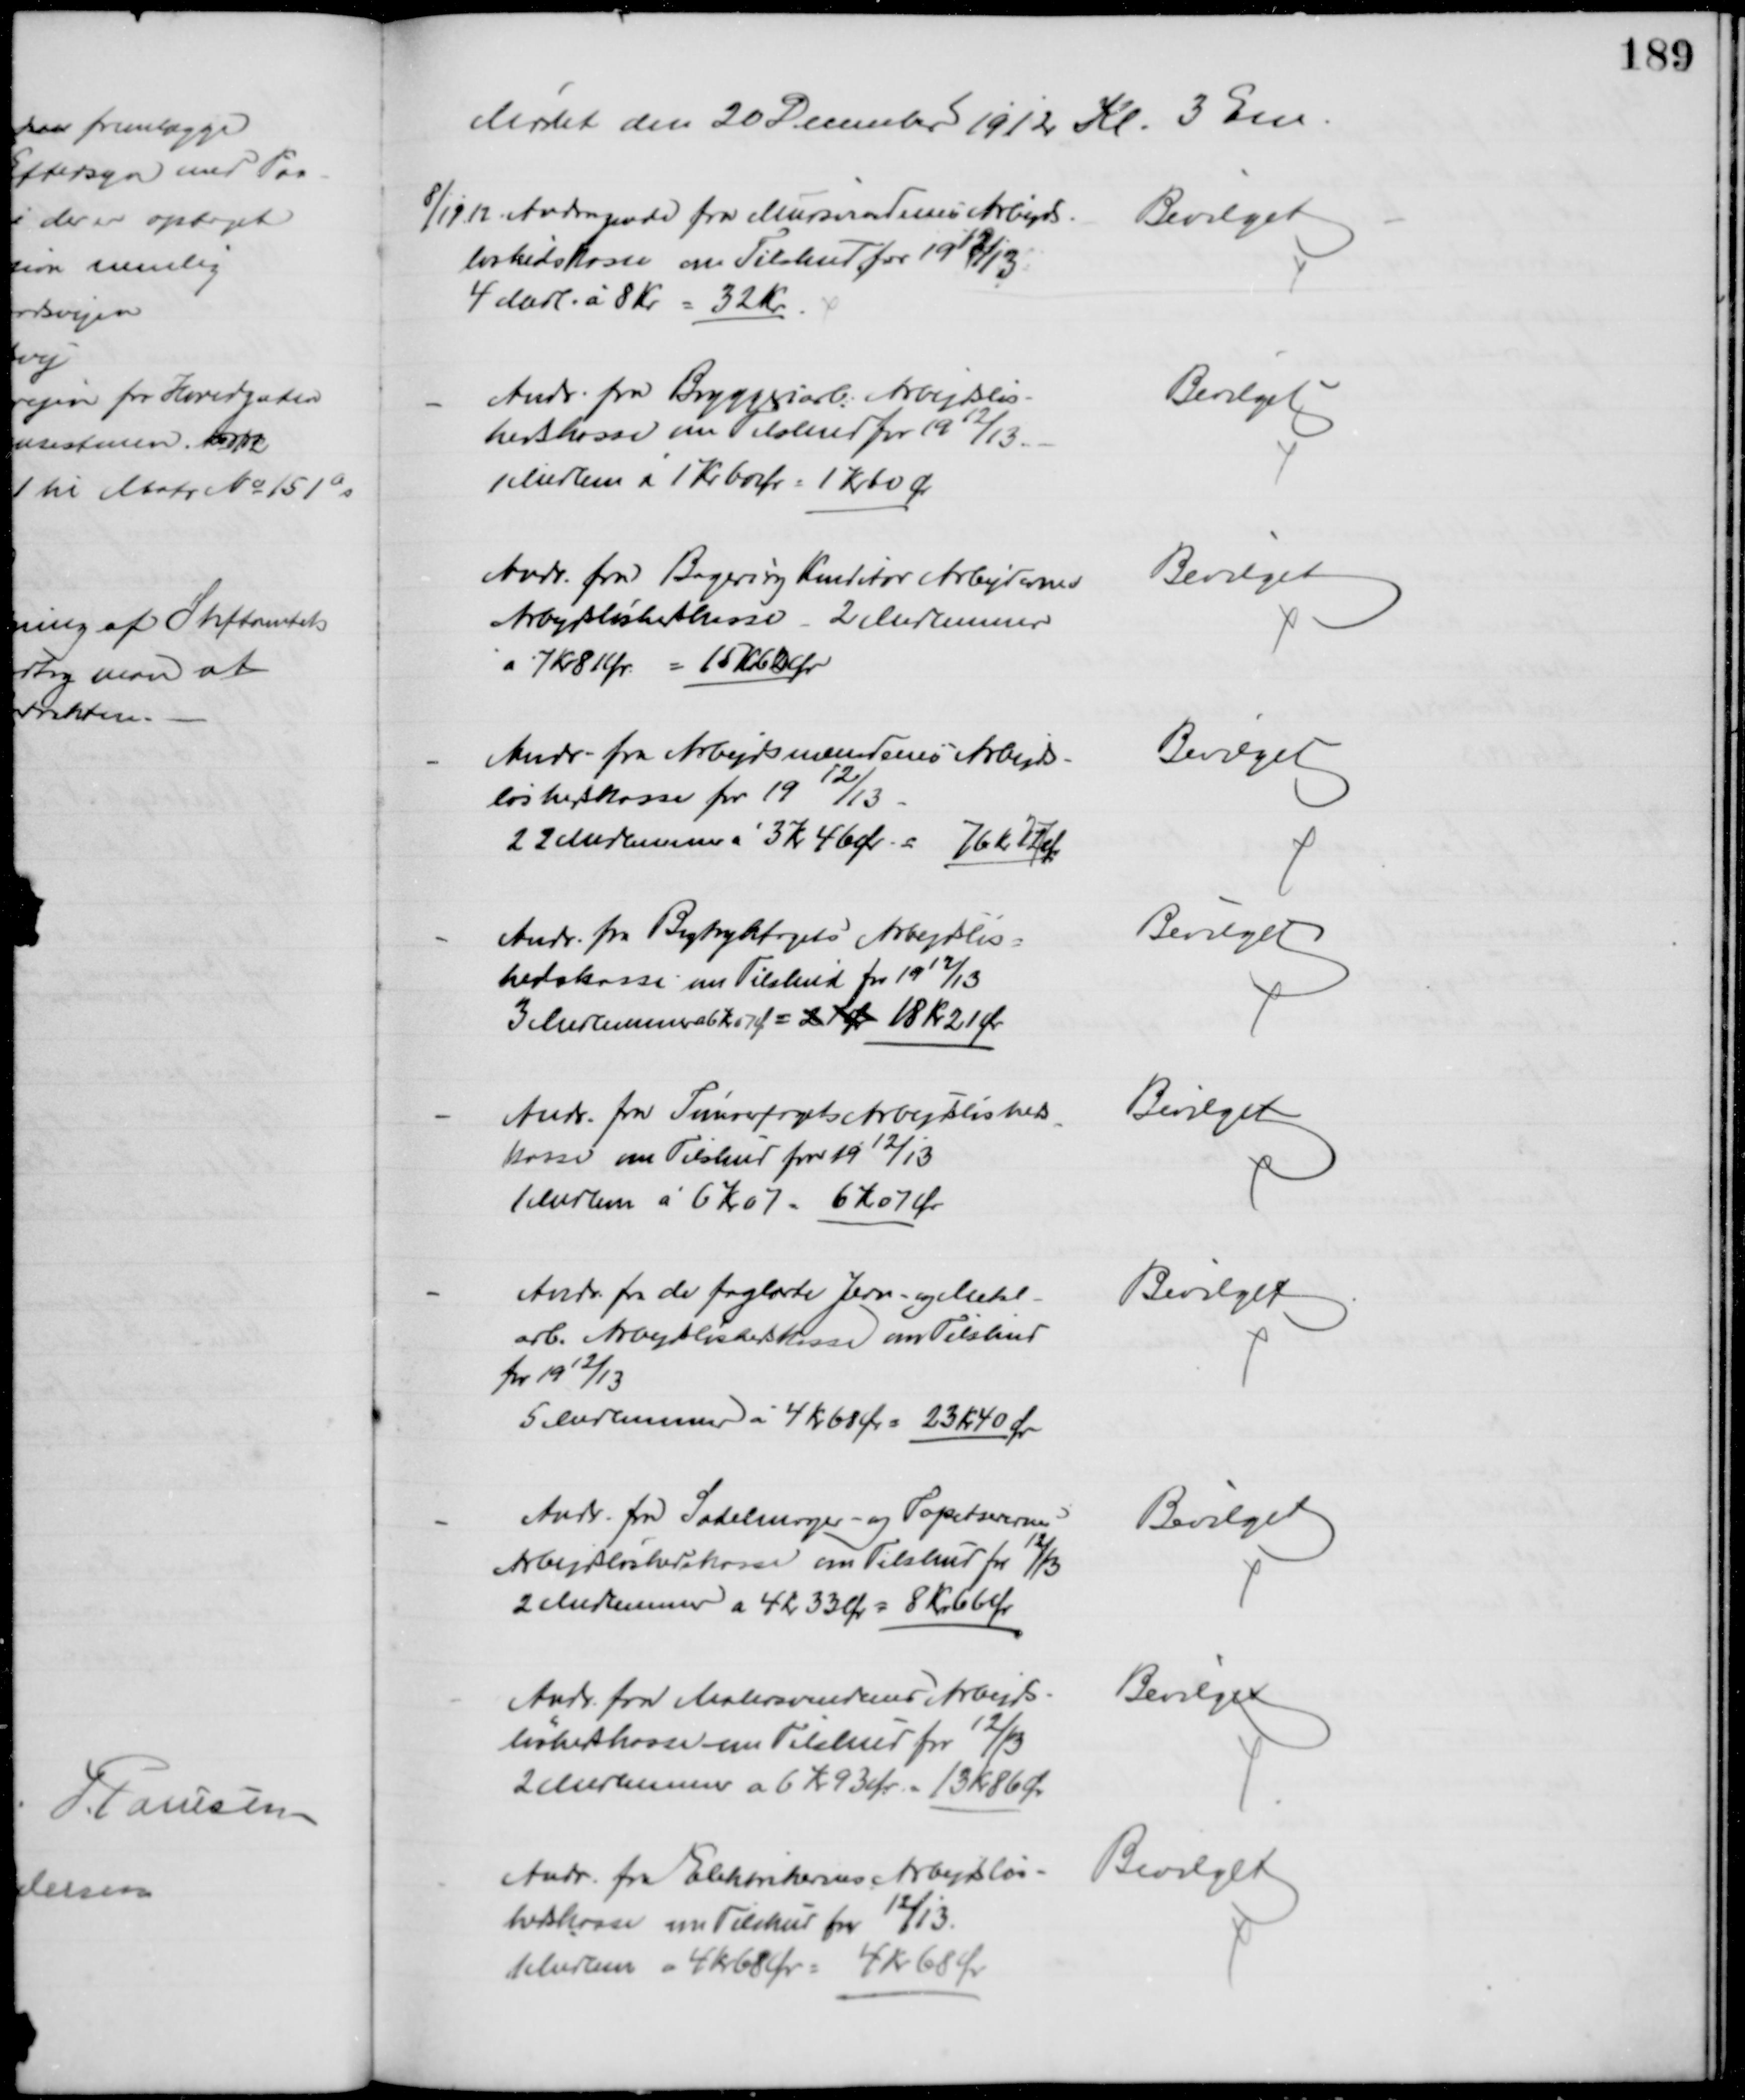
Transskription:
Mødet den 20 December 1912 Kl. 3 Em.
8/12 12. Andragende fra Mursvendenes Arbejds-
løshedskasse om Tilskud for 1912/13.
4 Medl. à 8 Kr = 32 Kr.
Bevilget
Andr. fra Bryggeriarb. Arbejdsløs-
hedskasse om Tilskud for 1912/13.
1 Medlem af 1 Kr 60 Ør = 1 Kr 60 Ør
Bevilget
Andr. fra Bageri og Konditor Arbejdernes
Arbejdsløshedkasse - 2 Medlemmer
à 7 Kr 81 Ør = 15 Kr. 62 Ør
Bevilget
Andr. fra Arbejdsmændenes Arbejds-
løshedskasse for 1912/13
22 Medlemmer à 3 Kr 46 Ør = 76 Kr 12 Ør
Bevilget
Andr. fra Bogtrykfagets Arbejdsløs=
hedskasse om Tilskud for 1912/13
3 Medlemmer a 6 Kr 07 Ø = 21 Øre 18 Kr 21 Ør
Bevilget
Andr. fra Tømrerfagets Arbejdsløsheds-
kasse om Tilskud for 1912/13
1 Medlem à 6 Kr 07 - 6 Kr 07 Ør
Bevilget
Andr. fra de faglærte Jern-og Metal-
arb. Arbejdsløshedskasse om Tilskud
for 1912/13
5 Medlemmer à 4 Kr 60 Ør = 23 Kr 40 Ør
Bevilget
Andr. fra Sadelmager- og Tapetserernes
Arbejdsløshedskasse om Tilskud for 12/13
2 Medlemmer a 4 Kr 33 Ør = 8 Kr 66 Ør
Bevilget
Andr. fra Malersvendenes Arbejds-
løshedskasse om Tilskud for 12/13
1 Medlemmer à 6 Kr. 93 Ør = 13 Kr 86 Ør
Bevilget
Andr. fra Elektrikernes Arbejdsløs-
hedskasse om Tilskud for 12/13.
1 Medlem a 4 kr 68 Ør = 4 Kr 68 Ør
Bevilget